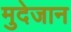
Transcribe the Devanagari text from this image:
मुदेजान